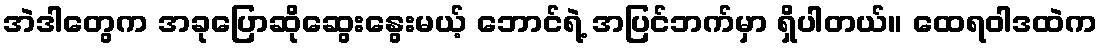
အဲဒါတွေက အခုပြောဆိုဆွေးနွေးမယ့် ဘောင်ရဲ့ အပြင်ဘက်မှာ ရှိပါတယ်။ ထေရဝါဒထဲက